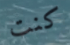
كنت